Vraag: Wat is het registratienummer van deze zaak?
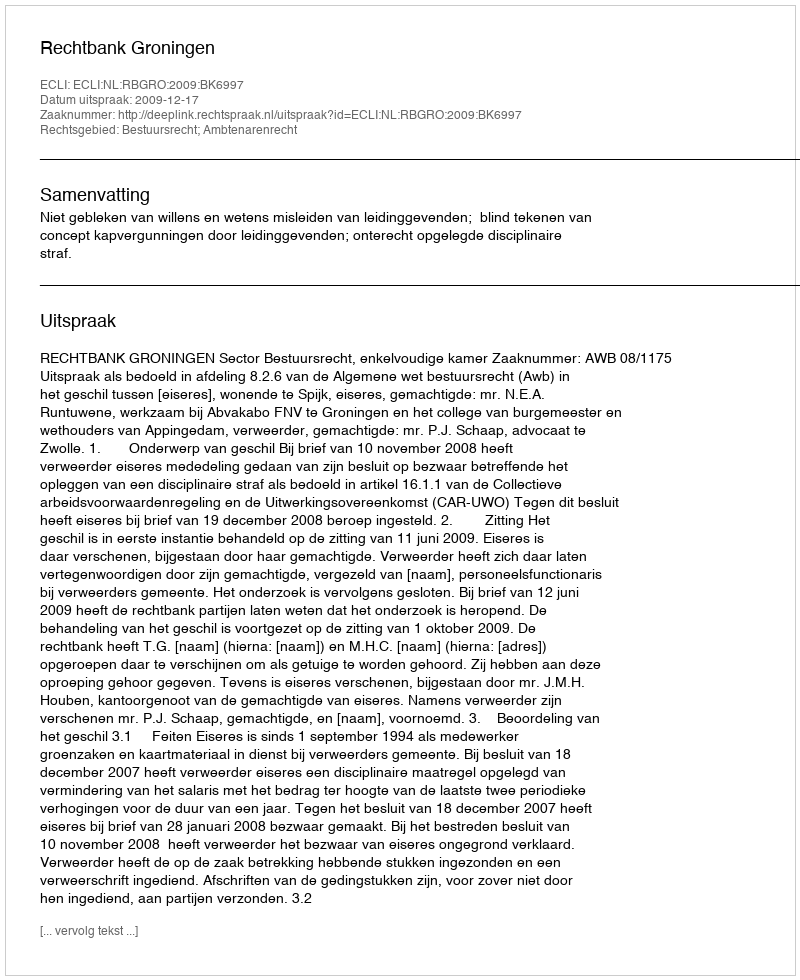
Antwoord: http://deeplink.rechtspraak.nl/uitspraak?id=ECLI:NL:RBGRO:2009:BK6997